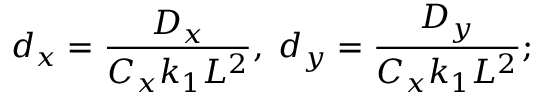
d _ { x } = \frac { D _ { x } } { C _ { x } k _ { 1 } L ^ { 2 } } , \; d _ { y } = \frac { D _ { y } } { C _ { x } k _ { 1 } L ^ { 2 } } ;